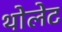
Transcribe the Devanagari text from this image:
थोलेट